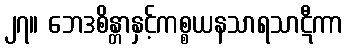
၂၇။ ဘေဒစိန္တာနှင့်ကစ္စယနသာရသာဋီကာ